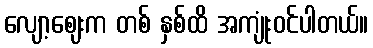
လျော့ဈေးက တစ် နှစ်ထိ အကျုံးဝင်ပါတယ်။